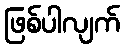
ဖြစ်ပါလျက်